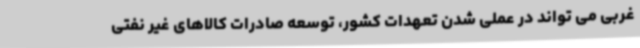
غربی می تواند در عملی شدن تعهدات کشور، توسعه صادرات کالاهای غیر نفتی